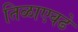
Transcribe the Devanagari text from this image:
तिळाएवढे